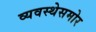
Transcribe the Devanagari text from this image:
व्यवस्थेसमोर